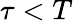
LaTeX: \tau<T